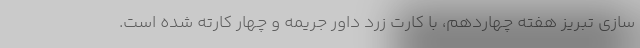
سازی تبریز هفته چهاردهم، با کارت زرد داور جریمه و چهار کارته شده است.